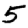
Digit: 5